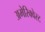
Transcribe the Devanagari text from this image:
अमेरिक्वेस्ट